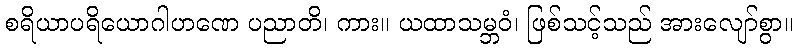
စရိယာပရိယောဂါဟဏေ ပညာတိ၊ ကား။ ယထာသမ္ဘဝံ၊ ဖြစ်သင့်သည် အားလျော်စွာ။